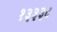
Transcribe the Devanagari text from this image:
१३३३८